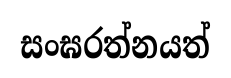
සංඝරත්නයත්